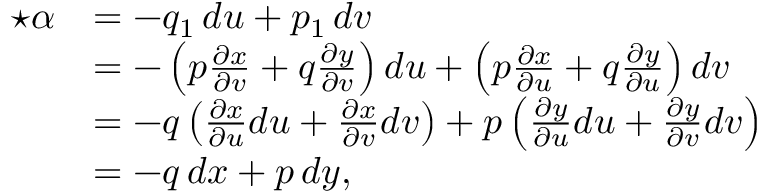
{ \begin{array} { r l } { { \star } \alpha } & { = - q _ { 1 } \, d u + p _ { 1 } \, d v } \\ & { = - \left( p { \frac { \partial x } { \partial v } } + q { \frac { \partial y } { \partial v } } \right) d u + \left( p { \frac { \partial x } { \partial u } } + q { \frac { \partial y } { \partial u } } \right) d v } \\ & { = - q \left( { \frac { \partial x } { \partial u } } d u + { \frac { \partial x } { \partial v } } d v \right) + p \left( { \frac { \partial y } { \partial u } } d u + { \frac { \partial y } { \partial v } } d v \right) } \\ & { = - q \, d x + p \, d y , } \end{array} }